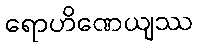
ရောဟိဏေယျဿ